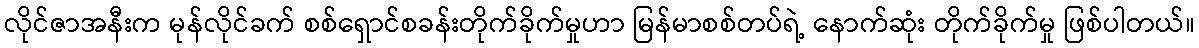
လိုင်ဇာအနီးက မုန်လိုင်ခက် စစ်ရှောင်စခန်းတိုက်ခိုက်မှုဟာ မြန်မာစစ်တပ်ရဲ့ နောက်ဆုံး တိုက်ခိုက်မှု ဖြစ်ပါတယ်။